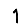
Digit: 1